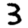
Digit: 3